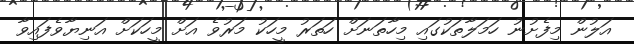
އަލުން މިފެށުނު ހަމަލާތަކުގައި މިހާތަނަށް ހަތަރު މީހަކު މަރުވެ އަށް މީހަކަށް އަނިޔާވެފައިވާ